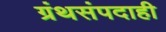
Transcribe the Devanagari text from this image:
ग्रंथसंपदाही